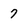
Character: 7